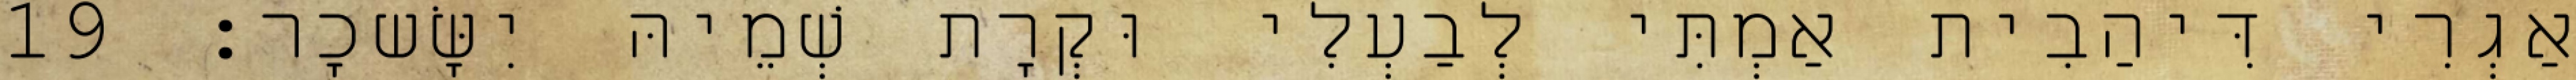
אַגְרִי דִּיהַבִית אַמְתִּי לְבַעְלִי וּקְרָת שְׁמֵיהּ יִשָּׂשכָר׃ 19